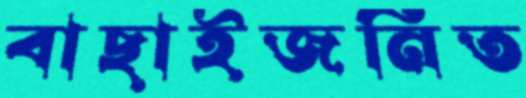
বাছাইজনিত